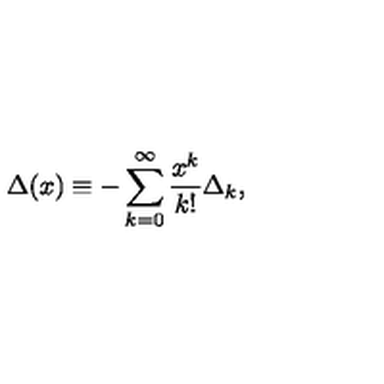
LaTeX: \Delta ( x ) \equiv - \sum _ { k = 0 } ^ { \infty } { \frac { x ^ { k } } { k ! } } \Delta _ { k } ,